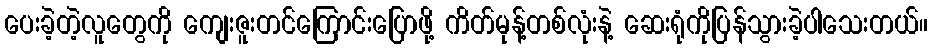
ပေးခဲ့တဲ့လူတွေကို ကျေးဇူးတင်ကြောင်းပြောဖို့ ကိတ်မုန့်တစ်လုံးနဲ့ ဆေးရုံကိုပြန်သွားခဲ့ပါသေးတယ်။